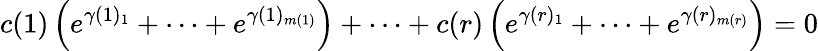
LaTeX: c(1)\left(e^{\gamma(1)_{1}}+\cdots+e^{\gamma(1)_{m(1)}}\right)+\cdots+c(r)\left(e^{\gamma(r)_{1}}+\cdots+e^{\gamma(r)_{m(r)}}\right)=0